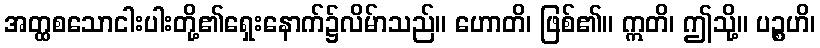
အတ္ထစသောငါးပါးတို့၏ရှေးနောက်၌လိမ်ာသည်။ ဟောတိ၊ ဖြစ်၏။ ဣတိ၊ ဤသို့။ ပဉ္စဟိ၊